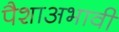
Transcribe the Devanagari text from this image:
पैशाअभावी